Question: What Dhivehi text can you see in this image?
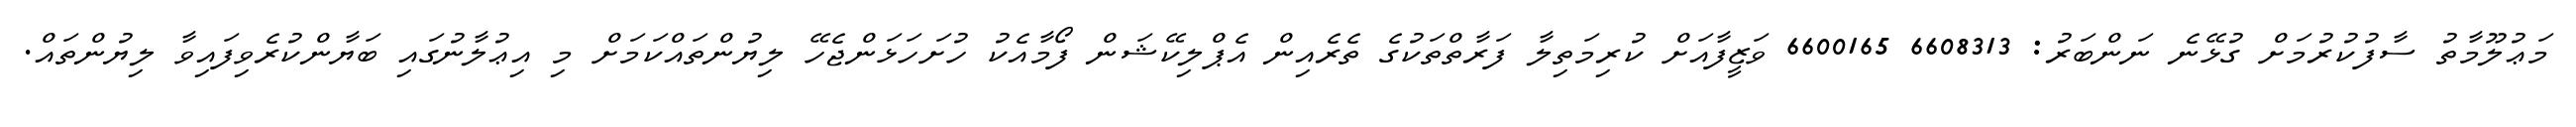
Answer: މަޢުލޫމާތު ސާފުކުރުމަށް ގުޅޭނެ ނަންބަރު: 6608313 6600165 ވަޒީފާއަށް ކުރިމަތިލާ ފަރާތްތަކުގެ ތެރެއިން އެޕްލިކޭޝަން ފޯމާއެކު ހުށަހަޅަންޖެހޭ ލިޔުންތައްކަމަށް މި އިޢުލާނުގައި ބަޔާންކުރެވިފައިވާ ލިޔުންތައް.